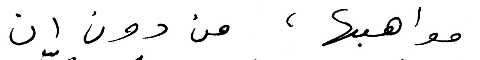
مواهبها، من دون ان